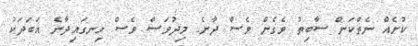
ކުށެއް ނެތްކަން ސާބިތު ވެގެން ވެސް ދާނެ. މިދުވަސް ވެސް ހިނގައިދާނެ އަބަދަކު